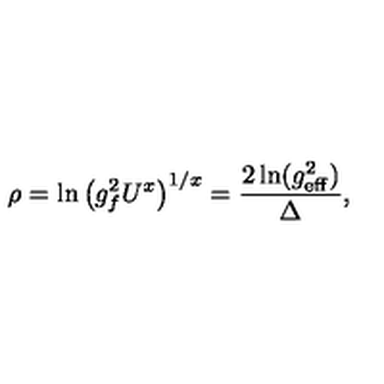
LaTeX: \rho = \ln \left( g _ { f } ^ { 2 } U ^ { x } \right) ^ { 1 / x } = { \frac { 2 \ln ( g _ { \mathrm { e f f } } ^ { 2 } ) } { \Delta } } ,